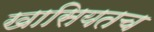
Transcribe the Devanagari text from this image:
खासियतच